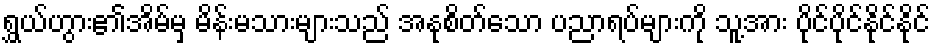
ရွှယ်ဟွား၏အိမ်မှ မိန်းမသားများသည် အနုစိတ်သော ပညာရပ်များကို သူ့အား ပိုင်ပိုင်နိုင်နိုင်